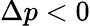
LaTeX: \Delta p<0